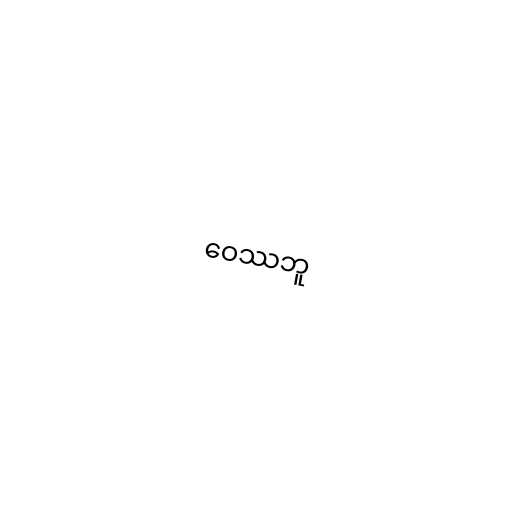
ဝေဿဘူ